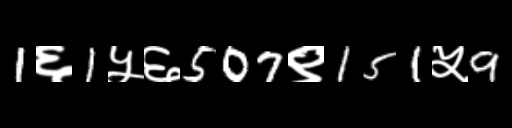
Text: 1६1५६507९151५9